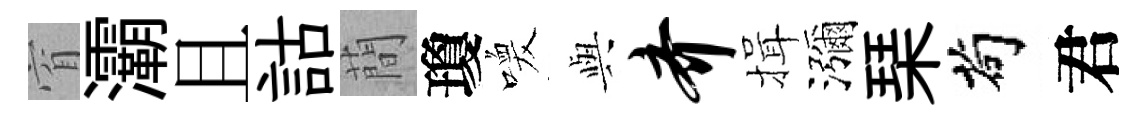
窅灞且詁蕳瓊喚𫤰齐揖瀰琹茍君